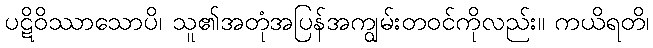
ပဋိဝိဿာသောပိ၊ သူ၏အတုံအပြန်အကျွမ်းတဝင်ကိုလည်း။ ကယိရတိ၊